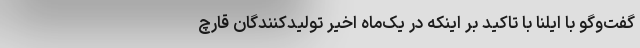
گفت‌وگو با ایلنا با تاکید بر اینکه در یک‌ماه اخیر تولیدکنندگان قارچ